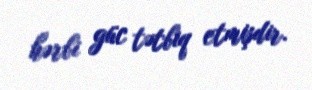
hərbi güc tətbiq etmişdir.